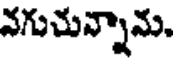
వగుచున్నామ.